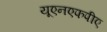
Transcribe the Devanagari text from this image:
यूएनएफपीए